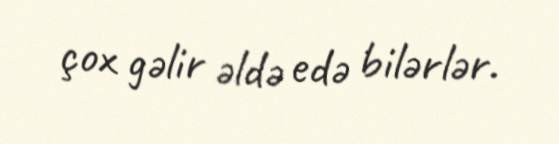
çox gəlir əldə edə bilərlər.